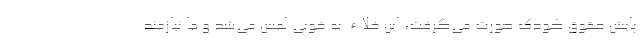
پایش حقوق کودک صورت می‌گرفت، این خلاء ‌به خوبی لمس می‌شد و ما نیازمند